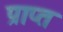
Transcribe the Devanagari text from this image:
प्राप्त